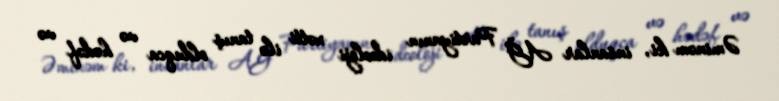
Əminəm ki, insanlar AĞ Partiyanın ideoloji xətti ilə tanış olduqca və hədəf və